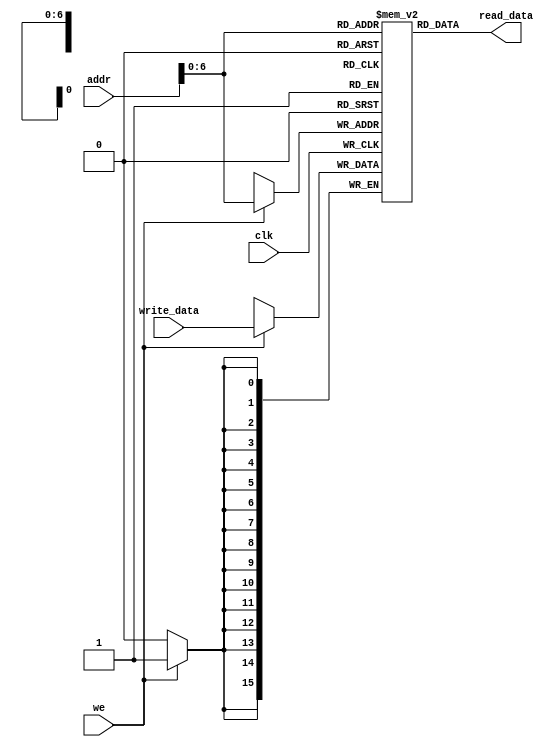
//RAM
module Data_Ram(
    input           clk,
    input           we,    
    input  [7:0]    addr,
    input  [15:0]   write_data,    
    output [15:0]   read_data
);

    reg [15:0] RAM[127:0];    
    assign read_data = RAM[addr[7:0]];      
    always@(posedge clk)
    if(we)
        RAM[addr[7:0]] <= write_data;    
endmodule